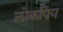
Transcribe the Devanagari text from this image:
लोकपिय